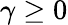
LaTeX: \gamma\geq 0